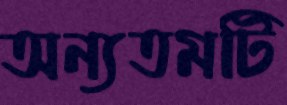
অন্যতমটি